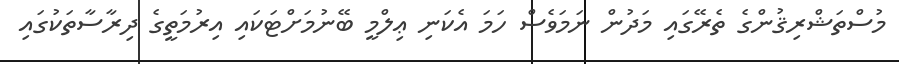
މުސްތަޝްރިޤުންގެ ތެރޭގައި މަދުން ނަމަވެސް ހަމަ އެކަނި ޢިލްމީ ބޭނުމަށްޓަކައި އިރުމަތީގެ ދިރާސާތަކުގައި